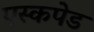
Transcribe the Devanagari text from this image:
एस्कपेड